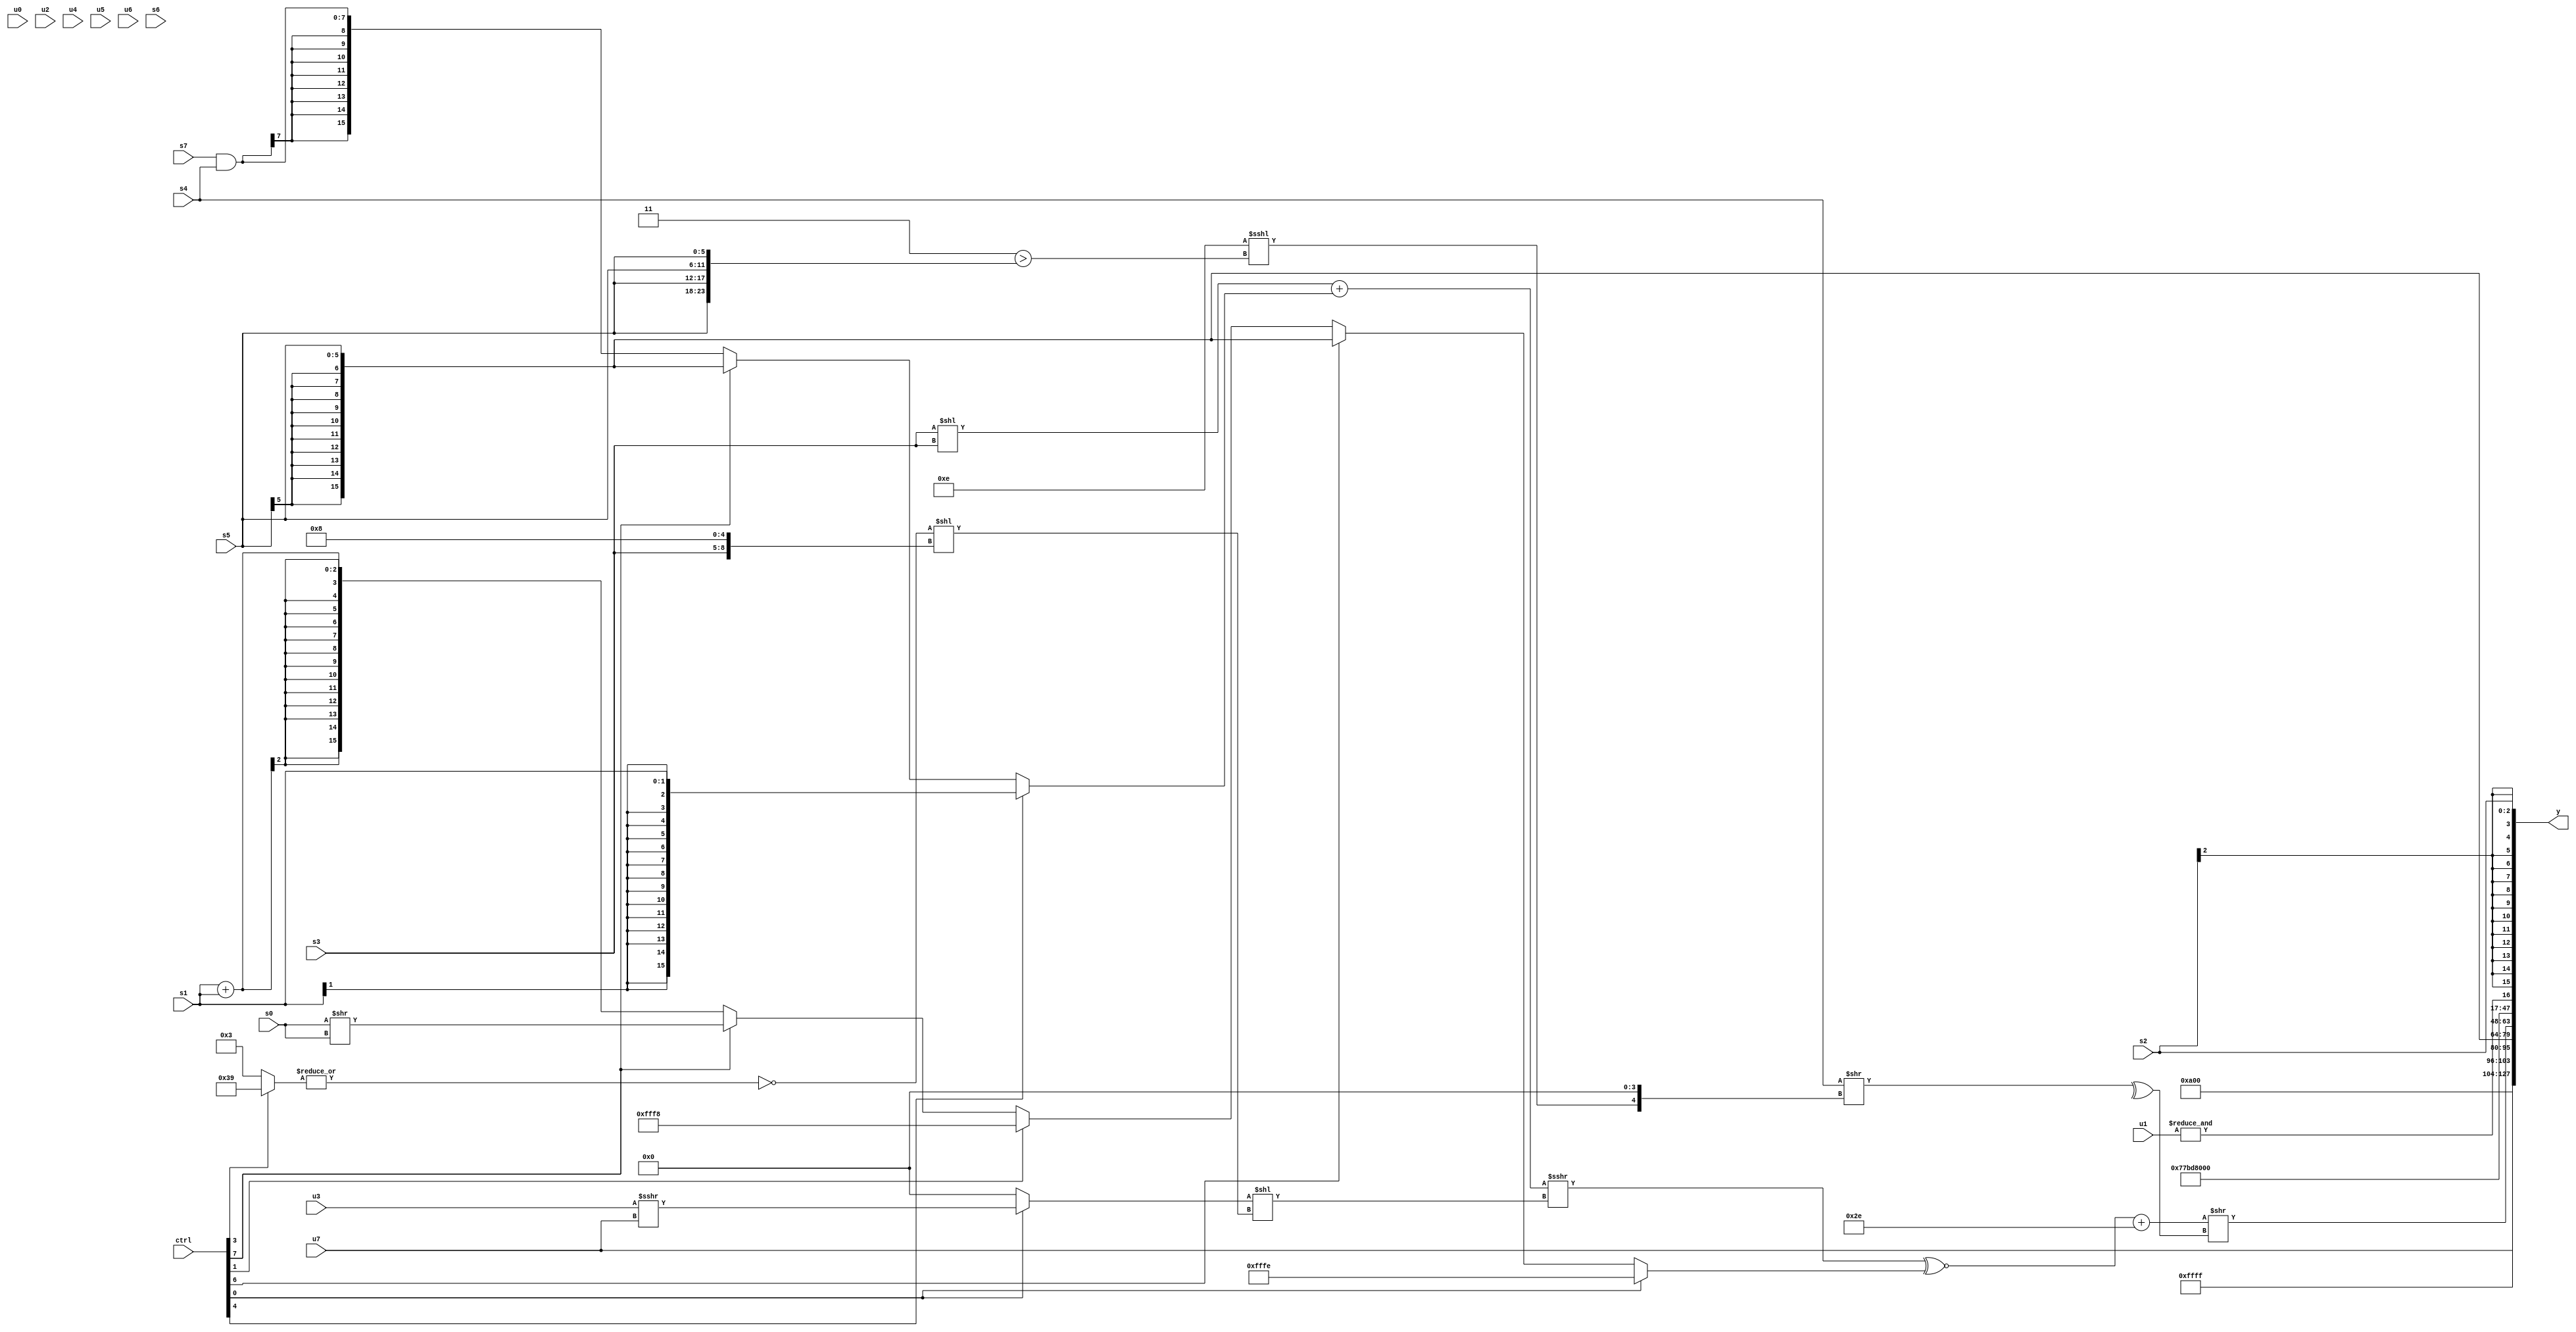
module wideexpr_00913(ctrl, u0, u1, u2, u3, u4, u5, u6, u7, s0, s1, s2, s3, s4, s5, s6, s7, y);
  input [7:0] ctrl;
  input [0:0] u0;
  input [1:0] u1;
  input [2:0] u2;
  input [3:0] u3;
  input [4:0] u4;
  input [5:0] u5;
  input [6:0] u6;
  input [7:0] u7;
  input signed [0:0] s0;
  input signed [1:0] s1;
  input signed [2:0] s2;
  input signed [3:0] s3;
  input signed [4:0] s4;
  input signed [5:0] s5;
  input signed [6:0] s6;
  input signed [7:0] s7;
  output [127:0] y;
  wire [15:0] y0;
  wire [15:0] y1;
  wire [15:0] y2;
  wire [15:0] y3;
  wire [15:0] y4;
  wire [15:0] y5;
  wire [15:0] y6;
  wire [15:0] y7;
  assign y = {y0,y1,y2,y3,y4,y5,y6,y7};
  assign y0 = 6'sb001010;
  assign y1 = u7;
  assign y2 = (5'sb11111)&(+(-(2'sb01)));
  assign y3 = s5;
  assign y4 = ((((((s3)<<(s3))+((ctrl[4]?s1:(ctrl[7]?s5:(s7)&(s4)))))>>>((+((ctrl[0]?(u3)>>>(u7):$signed(1'b0))))<<((~|((ctrl[3]?6'sb111001:4'sb0011)))<<({(3'sb001)>>(5'b01100),s3,+(5'b01000)}))))^~((ctrl[0]?6'sb111110:(ctrl[6]?s5:(ctrl[1]?5'sb11000:(ctrl[7]?(s0)>>(s0):(s1)+(s1)))))))+($signed(6'sb101110)))>>(^((+(s4))>>(((+(5'sb01110))<<<(-((3'b011)>({4{s5}}))))<<(3'sb100))));
  assign y5 = $signed({4{5'sb11011}});
  assign y6 = &(u1);
  assign y7 = $signed(s2);
endmodule